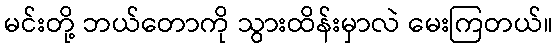
မင်းတို့ ဘယ်တောကို သွားထိန်းမှာလဲ မေးကြတယ်။